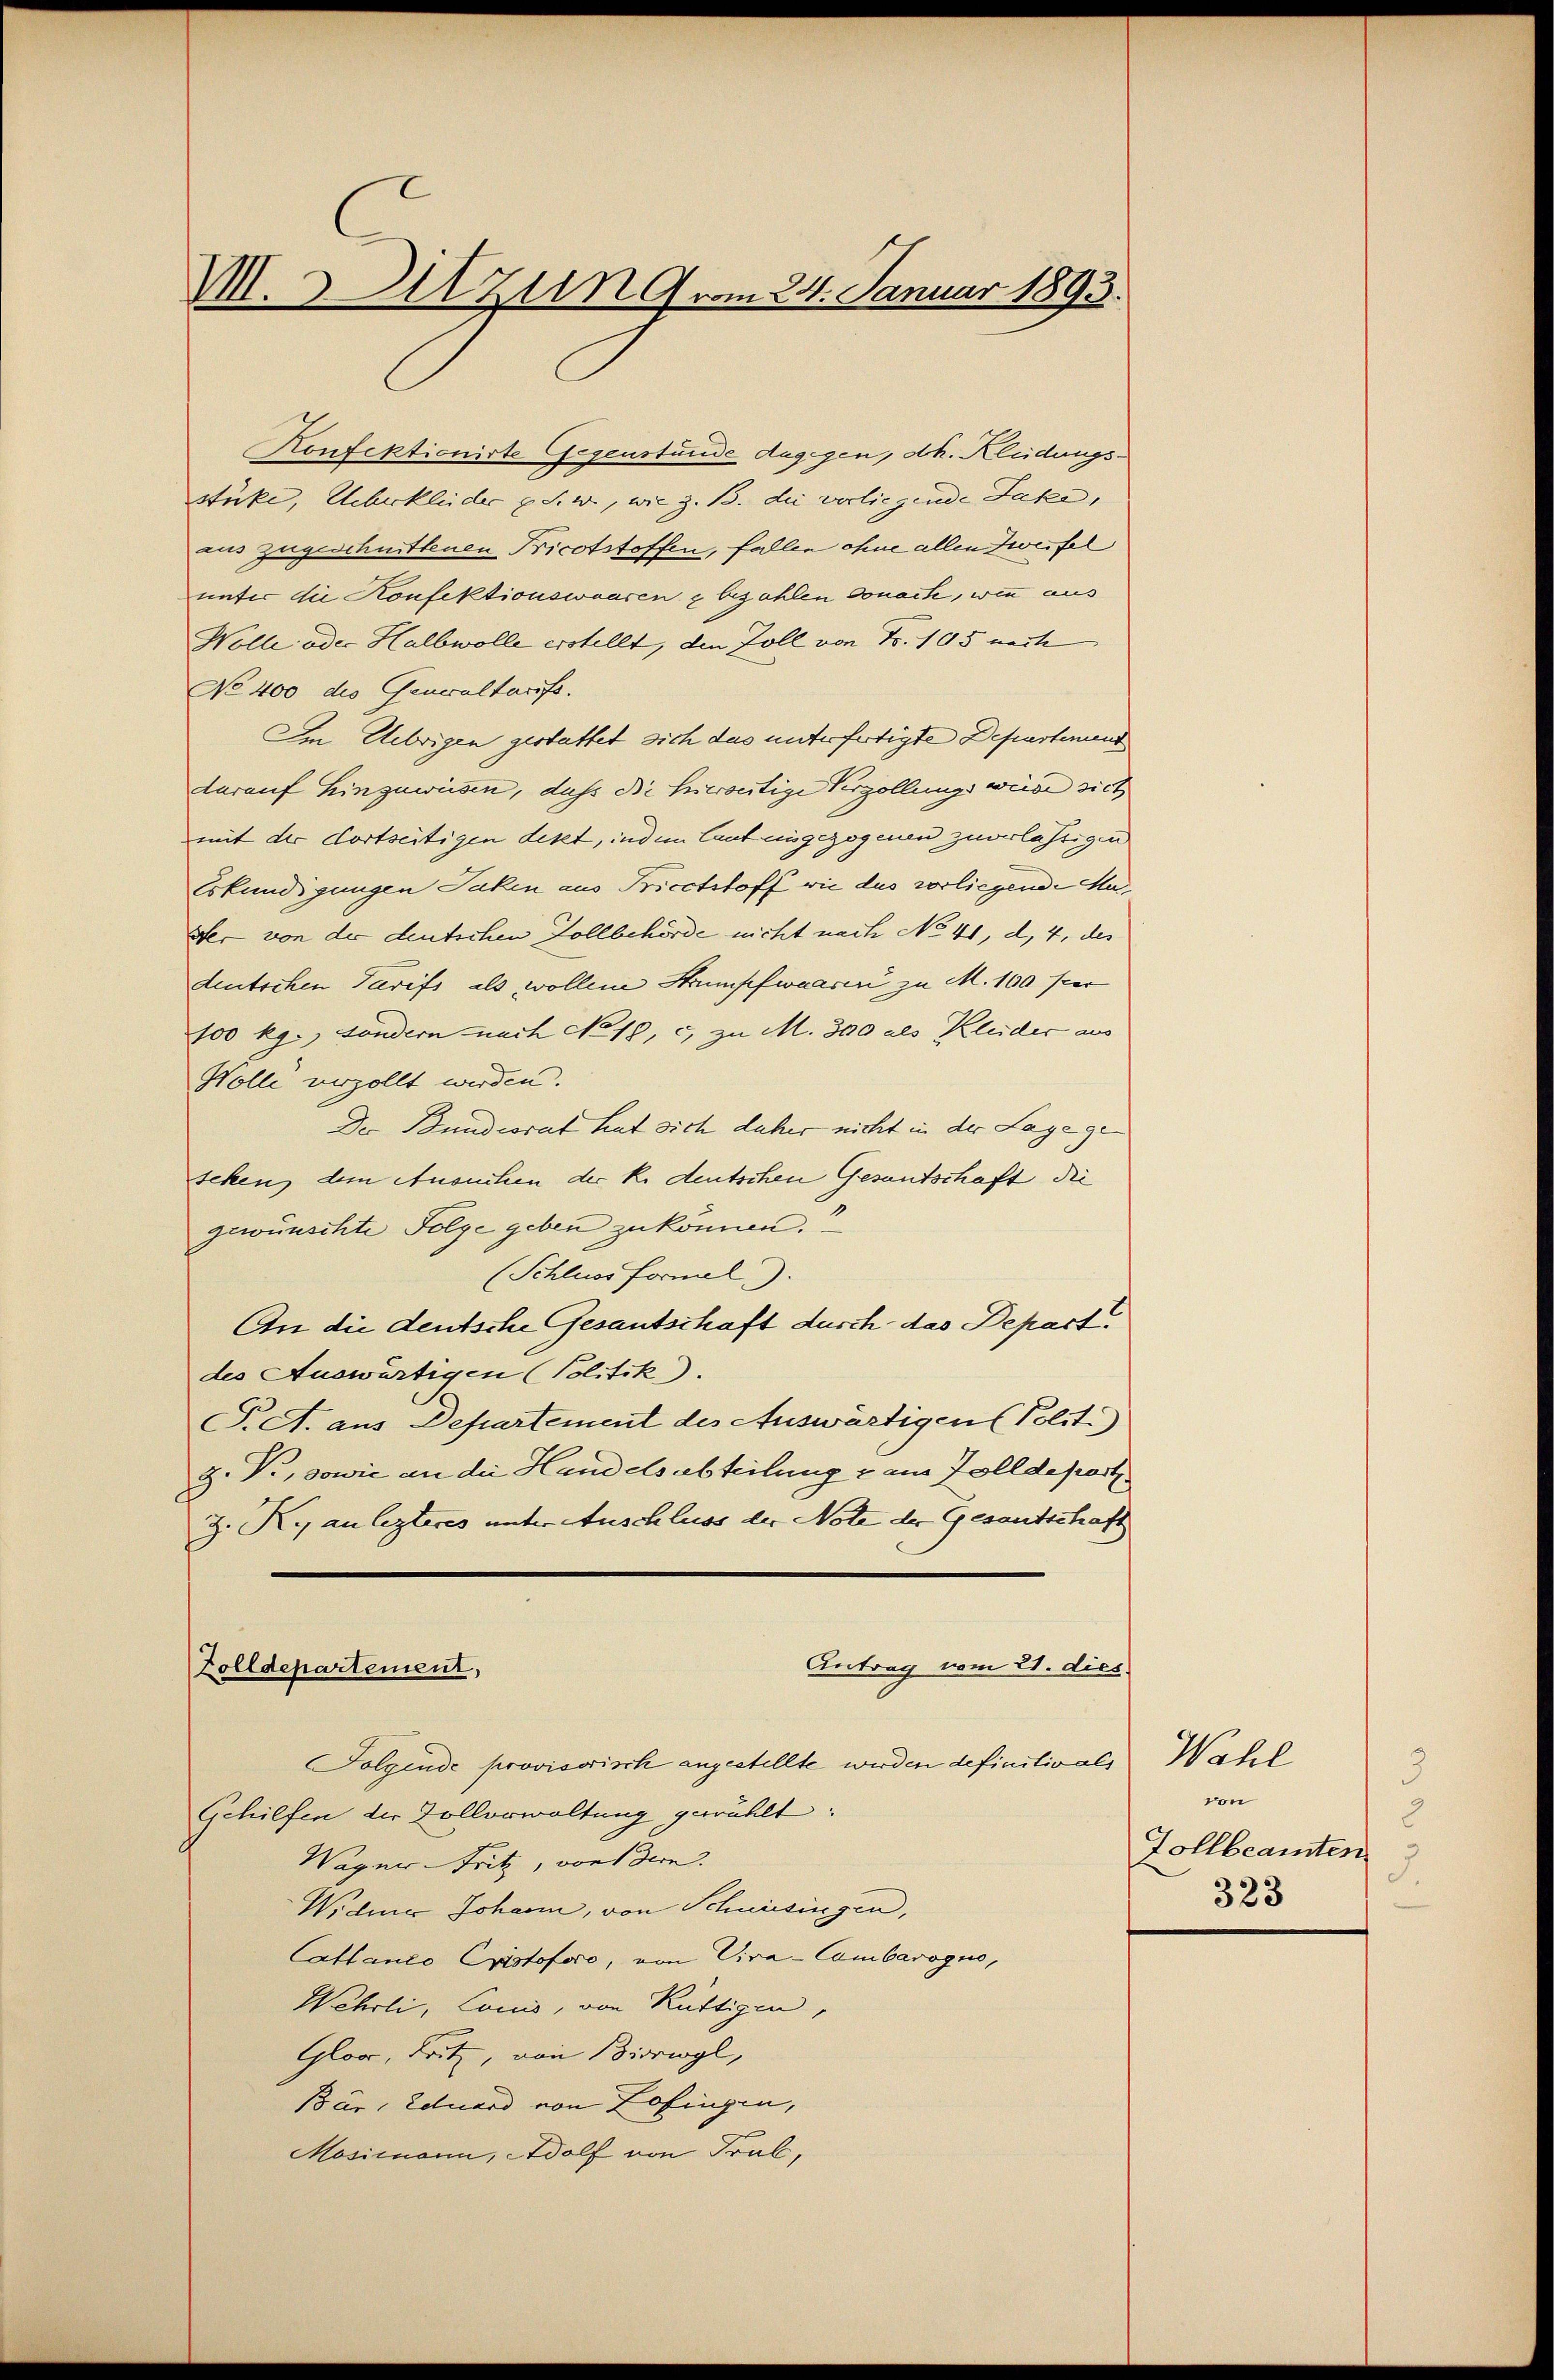
M. Sitzung vom 24. Januar 1893.

Konfektionirte Gegenstände dagegen, dh. Klüdungsstücke, Ueberkleider u. s. w., wie z. B. die vorliegende Jaka,
ius zugeschnittenen Tricotstoffen, fallen ohne allen Zweifel
unter die Konfektionswaaren g bezahlen donate, wie aus
Wolle oder Halbwolle erstellt, den Zoll von Fr. 105 nette
No 400 des Generaltarifs.
Im Uebrigen gestattet sich das unterfertigte Departemend
darauf hinzuweisen, daß die hierseitige Vergollungsweide sich
mit der dortseitigen deket, indem laut eingezogenen zuverlässigen
Eskundigungen Jaken aus Pricctstoff wie das vorliegende Mader von der deutschen Zollbehörde nicht nach No 41, d. 4, des
deutschen Tarifs als wollene Strumpfwaarer zu M. 100 per
100 kg., sondern nach No 19, c. zu M. 300 als Kleider aus
Wolle verzollt werden.
Der Bundesrat hat sich daher nicht in der Lage geseken, dem Ansuchen der K. deutschen Gesantschaft die
gewünschte Folge geben zu können.
(Schlussformel).
An die deutsche Gesantschaft durch das Depart.
des Auswärtigen (Politik).
S. A. aus Departement des Auswärtigen Politi
Z. V., sowie an die Handelsabteilung & am Zolldepart.
Z. R. an lezteres unter Auschluss der Note der Gesandtschaft

Folgende provisorisch angestellte werden definitiv als Wahl
Gehilfen der Zollorwaltung gewählt:
Wagner-Fritz, von dem
Widmer Johann, von Schneisingen,
Catlanco Cristoforo, von Viva-Combarogue,
Wehrli, Louis, von Rüttigen,
Glos, Fritz, von Bierwyl,
Bär, Eduard von Zofingen,
Mosimann, Adolf von Fral,

Antrag vom 21. dies.
Zolldepartement,

3
von
2
Tollbeamten
.
323